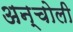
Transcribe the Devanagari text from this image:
अन्चोली